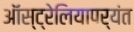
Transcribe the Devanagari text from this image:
ऑस्ट्रेलियापर्यंत